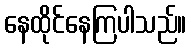
နေထိုင်နေကြပါသည်။